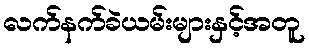
လက်နက်ခဲယမ်းများနှင့်အတူ